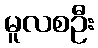
မူလစဦး